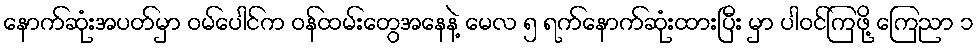
နောက်ဆုံးအပတ်မှာ ဝမ်ပေါင်က ဝန်ထမ်းတွေအနေနဲ့ မေလ ၅ ရက်နောက်ဆုံးထားပြီး မှာ ပါဝင်ကြဖို့ ကြေညာ ၁